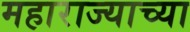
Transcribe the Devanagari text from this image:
महाराज्याच्या